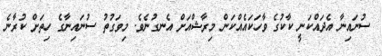
ސުނައިނާ އެދައްކަނީ ކާކުގެ ވާހަކައެެއްކަން މިރާޝްއަށް އެނގުނެވެ. މިވަގުތު ސުނައިނާގެ ހިތަށް ކުރާނެ